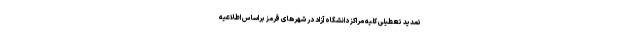
تمدید تعطیلی کلیه مراکز دانشگاه آزاد در شهرهای قرمز براساس اطلاعیه